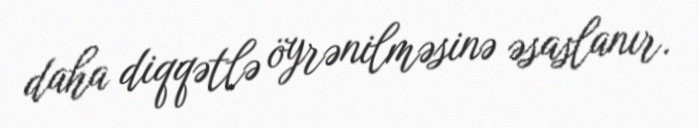
daha diqqətlə öyrənilməsinə əsaslanır.